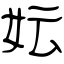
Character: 妘